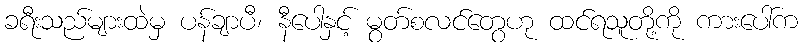
ခရီးသည်များထဲမှ ပန်ချာပီ၊ နီပေါနှင့် မွတ်စလင်တွေဟု ထင်ရသူတို့ကို ကားပေါ်က